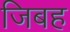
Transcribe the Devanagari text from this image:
जिबह